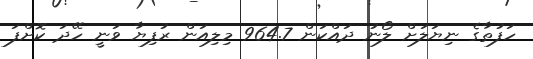
ހަފުތާގެ ނިޔަލަށް ލޯނު ދައްކަން 964.7 މިލިއަން ރުފިޔާ ވަނީ ހޭދަ ކޮށްފަ